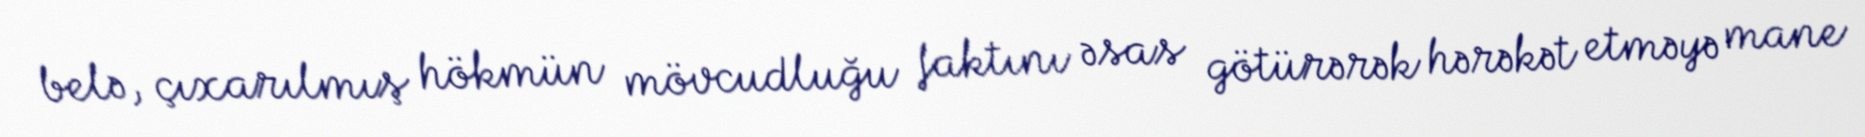
belə, çıxarılmış hökmün mövcudluğu faktını əsas götürərək hərəkət etməyə mane